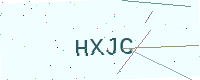
Text: HXJC